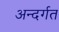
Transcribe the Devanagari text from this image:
अन्दर्गत